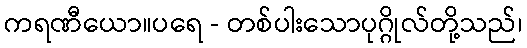
ကရဏီယော။ပရေ - တစ်ပါးသောပုဂ္ဂိုလ်တို့သည်၊